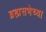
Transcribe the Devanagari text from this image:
ब्रह्मसभेच्या